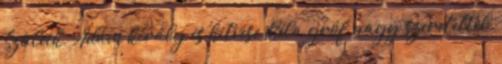
Szüleik, Ádám király és hitvese Béla gróf nagy szeretettel,